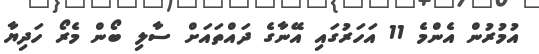
އުމުރުން އެންމެ 11 އަހަރުގައި އޭނާގެ ދައްތައަށް ސާލި ބޯން މެރޯ ހަދިޔާ